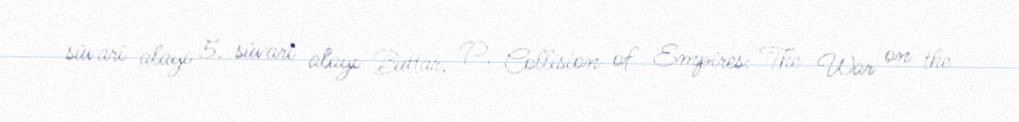
süvari alayı 5. süvari alayı Buttar, P. Collision of Empires: The War on the